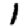
Digit: 1